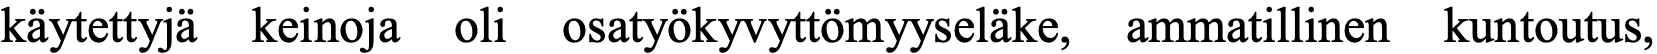
käytettyjä keinoja oli osatyökyvyttömyyseläke, ammatillinen kuntoutus,